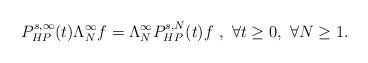
LaTeX: \begin{align*}P^{s,\infty}_{HP}(t)\Lambda^{\infty}_Nf=\Lambda^{\infty}_NP^{s,N}_{HP}(t)f \ ,\ \forall t\ge0, \ \forall N \ge 1.\end{align*}